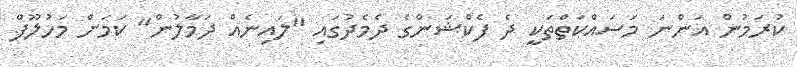
ކުރަމުން އަންނަ މަސައްކަތްތަކީ ދެ ފެކްޝަންގެ ދެމެދުގައި "ލައިނެއް ދަމާލުން" ކަމަށް މަހުލޫފް